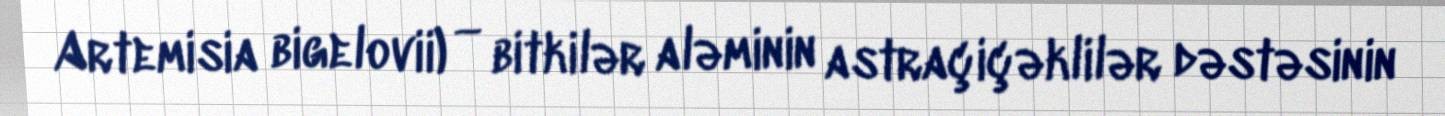
Artemisia bigelovii) — bitkilər aləminin astraçiçəklilər dəstəsinin